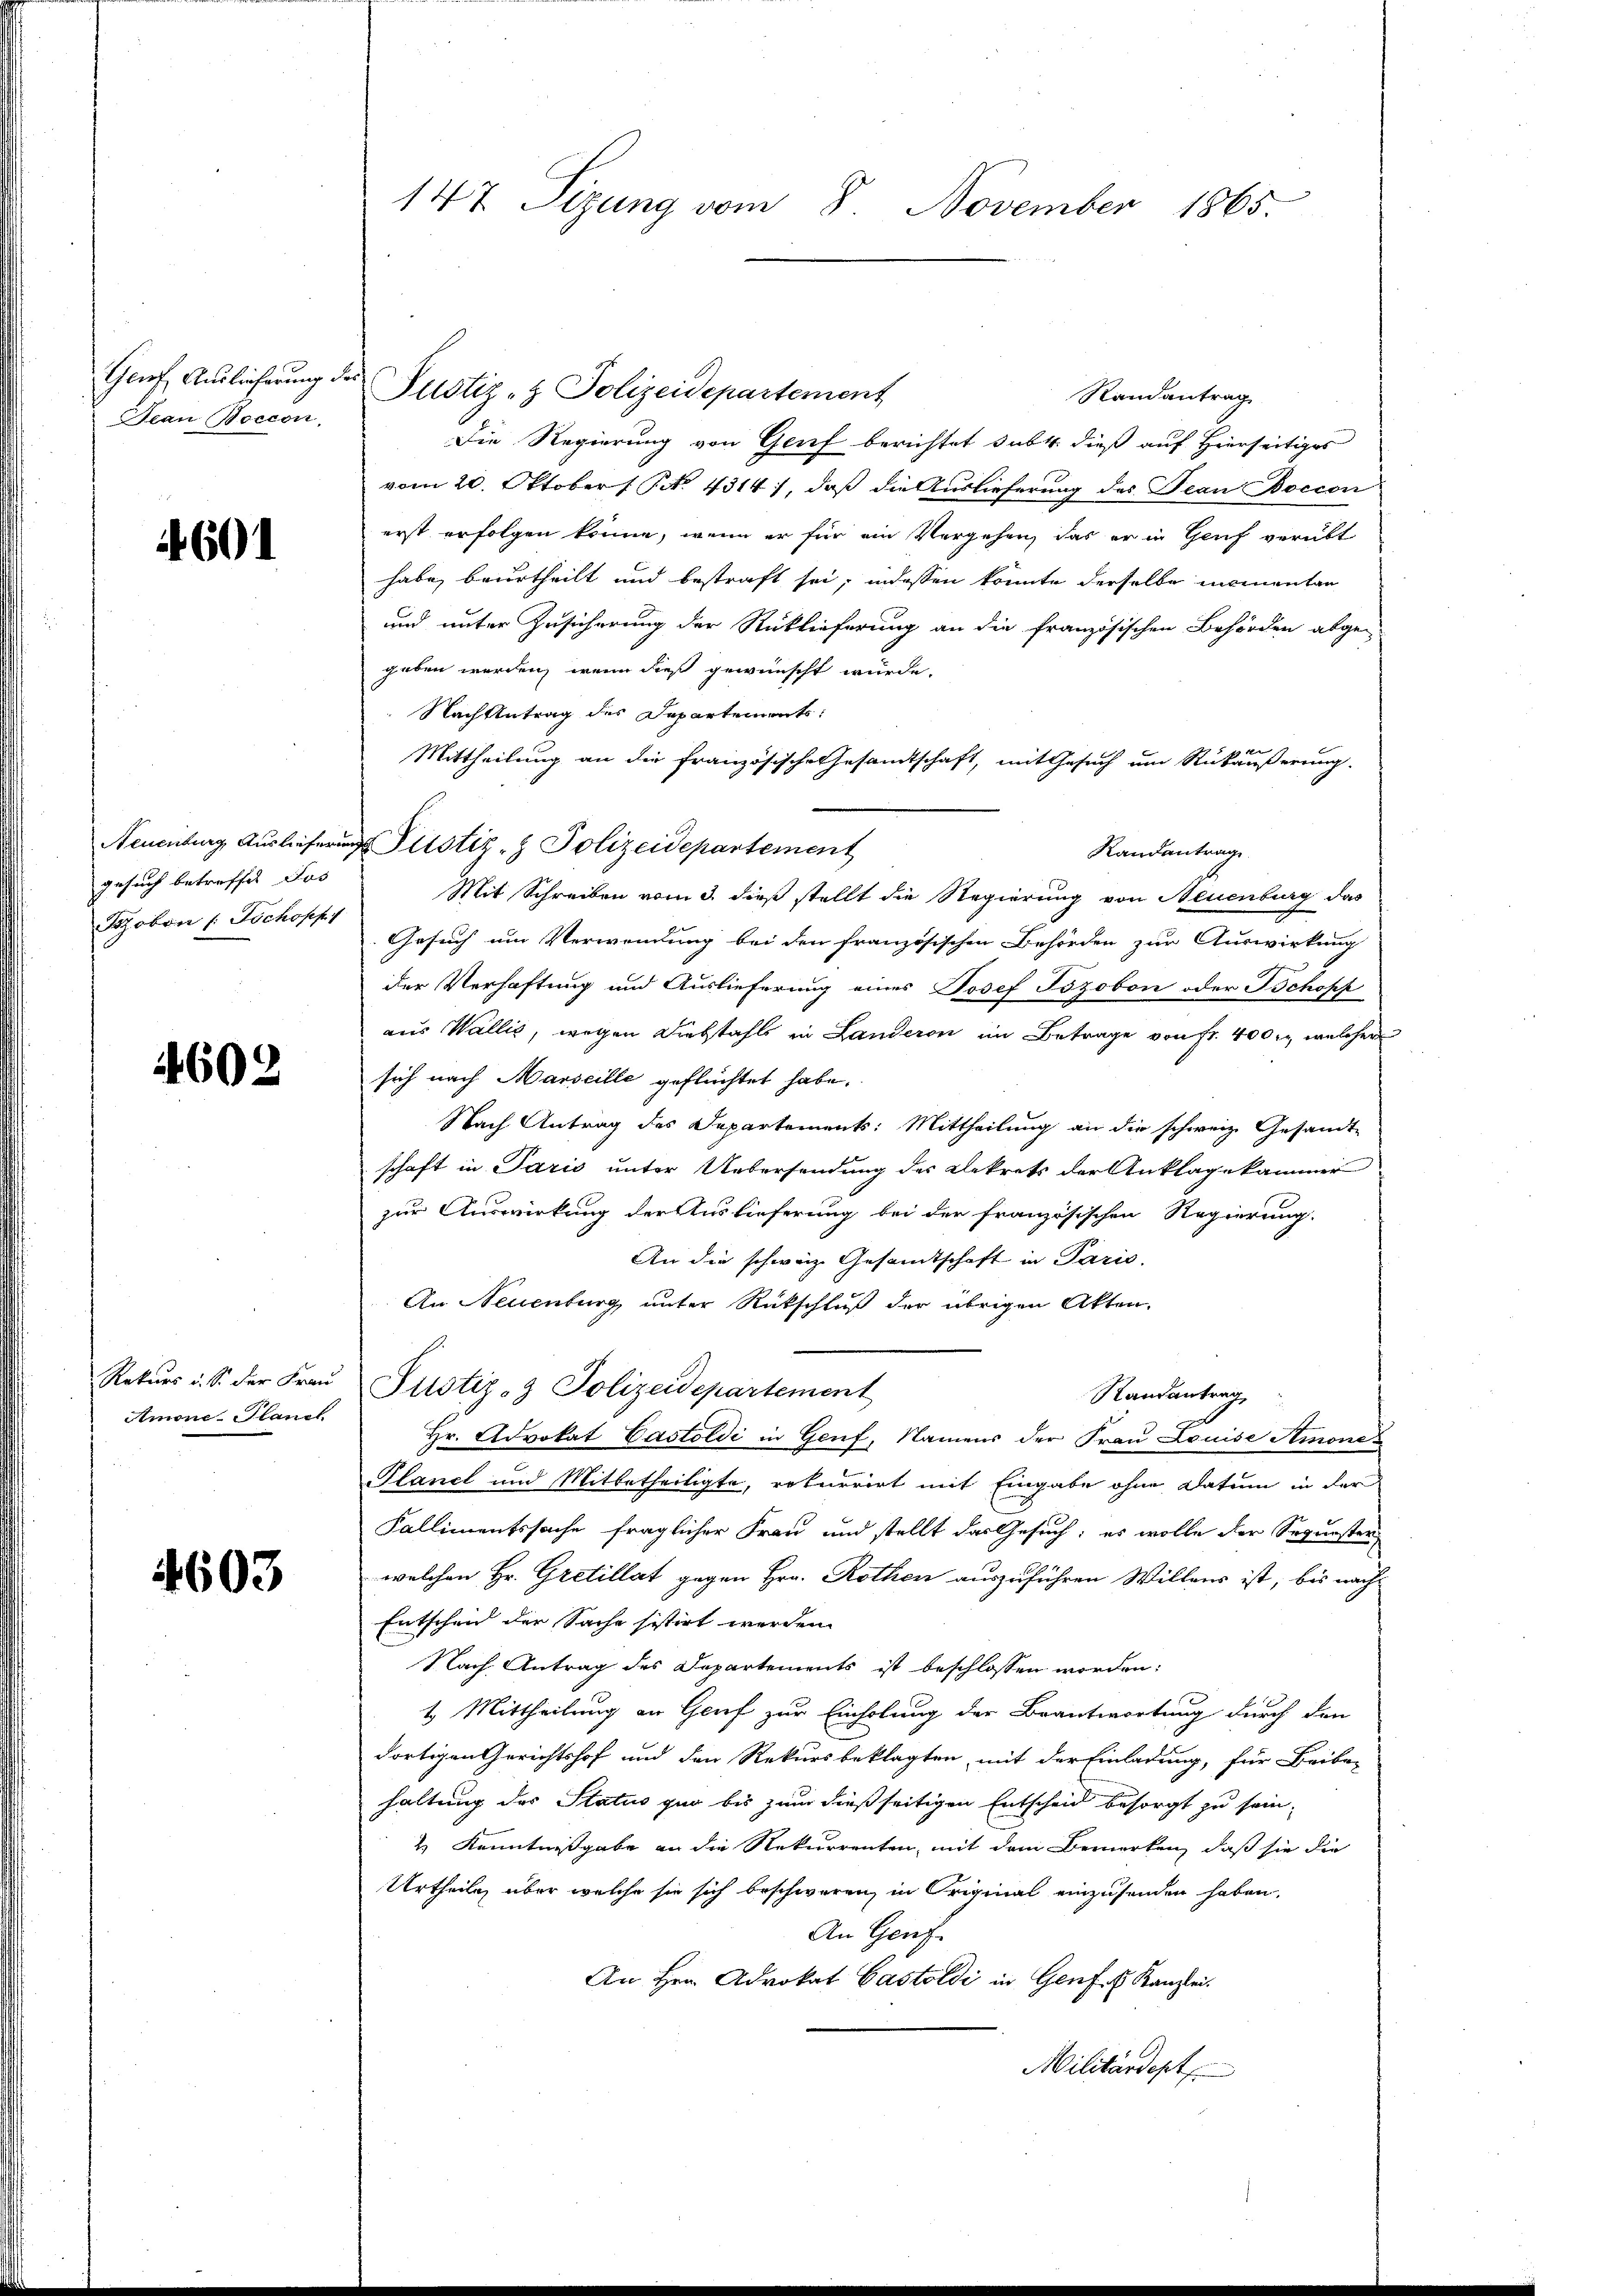
Genf, Auslieferung d.
Jean Boecon

4601

Neuenburg Ausliefern
gesuch betreffen Jos
Bzoben ( Jochopf

4602

Rekurs u. S. der Frau
Amone. Planch

4603

147 Sizung vom 8. November 1865.

r.
Justiz- & Polizeidepartement
Randantrag
Die Regierung von Genf berichtet subt. dieß auf Hierseitiges
vom 20. Oktober Nr. 4314), daß die Auslieferung des Tean Boecon
erst erfolgen könne, wenn er für ein Vergehen, das er in Genf verübt
habe, beurtheilt und bestraft sei, indessen könnte derselbe momentan
und unter Zusicherung der Rücklieferung an die französischen Behörden abge-
geben werden, wenn dieß gewünscht würde.
Nach Antrag des Departements:
Mittheilung an die französische Gesamtschaft, mit Gesuch um Rückäußerung.
Randantrage.
Mit Schreiben vom 3. dieß stellt die Regierung von Neuenburg das
Gesuch um Verwendung bei den französischen Behörden zur Auswirkung
der Verhaftung und Auslieferung eines Josef Tozobon oder Schopf
aus Wallis, wegen Diebstahls in Landeren im Betrage von fr. 400 l., welcher
sich nach Marseille geflüchtet habe.
Nach Antrag des Departements: Mittheilung an die schweiz. Gesandt-
schaft in Paris unter Uebersendung des Dekrets der Anklagekammer
zur Auswirkung der Auslieferung bei der französischen Regierung.
An die schweiz. Gesamtschaft in Paris,
An Neuenburg unter Rückschluß der übrigen Akten.
Justiz- & Polizeidepartement
Randantrag
Hr. Advokat Castoldi in Genf, Namens der Frau Louise Atmona
Planel und Mitbetheiligte, rekurrirt mit Eingabe ohne Datum in der
Kallimentssache fraglicher Frau und stellt das Gesuch; es wolle der Sequesten
welchen Hr. Gretillat gegen Hrn. Rothen auszuführen Willens ist, bis nach
Entscheid der Sache sistirt werden.
Nach Antrag des Departements ist beschlossen worden:
1. Mittheilung an Genf zur Einholung der Beantwortung durch den
dortigen Gerichtshof und den Rekursbeklagten mit der Einladung, für Leibe-
haltung des Status quo bis zum dießseitigen Entscheid besorgt zu sein,
& Kenntnissgabe an die Rekurrenten, mit dem Bemerken, daß sie die
Urtheile, über welche sie sich beschweren, in Original einzusenden haben,
An Genf.
An Hrn. Advokat Castoldi in Genf. E. Kanzlei.
Militärdept

u Justiz- & Polizeidepartement